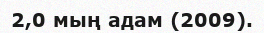
2,0 мың адам (2009).